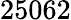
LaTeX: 25062